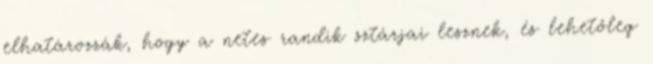
elhatározzák, hogy a netes randik sztárjai lesznek, és lehetőleg